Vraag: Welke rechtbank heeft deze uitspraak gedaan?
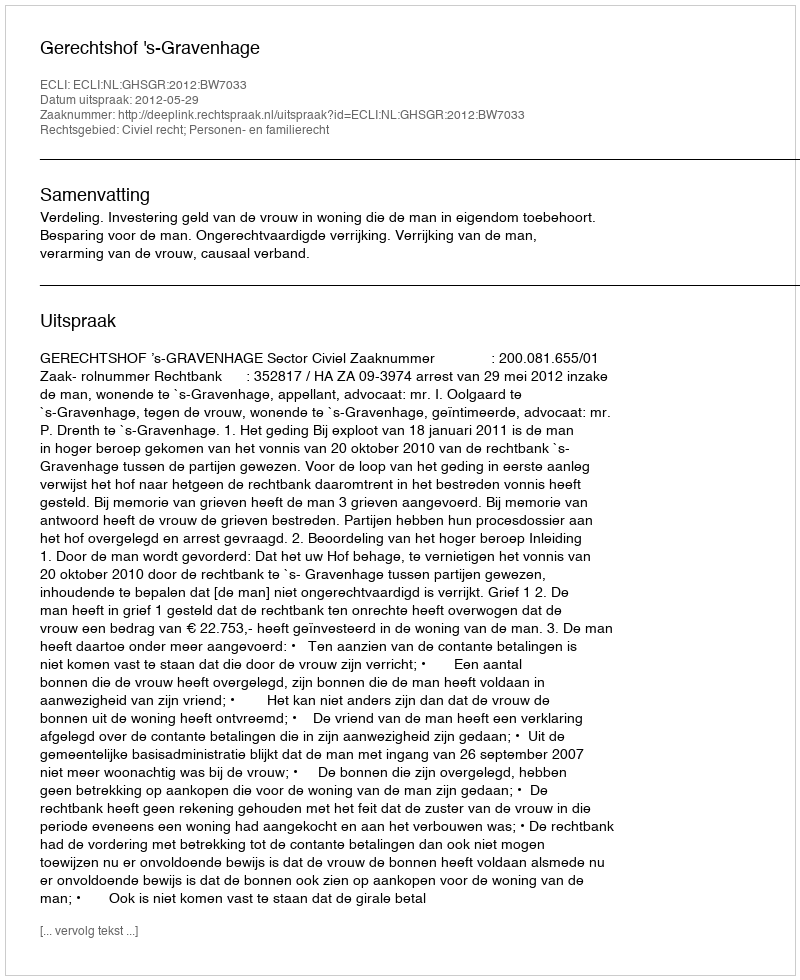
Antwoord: Gerechtshof 's-Gravenhage